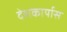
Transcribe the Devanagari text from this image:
देशकार्यास